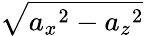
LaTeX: \sqrt{{a_{x}}^{2}-{a_{z}}^{2}}